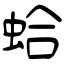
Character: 蛤